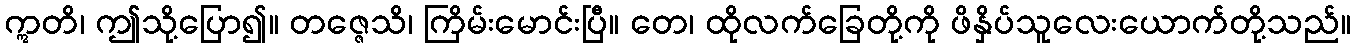
ဣတိ၊ ဤသို့ပြော၍။ တဇ္ဇေသိ၊ ကြိမ်းမောင်းပြီ။ တေ၊ ထိုလက်ခြေတို့ကို ဖိနှိပ်သူလေးယောက်တို့သည်။